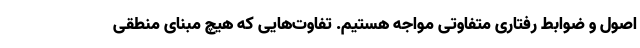
اصول و ضوابط رفتاری متفاوتی مواجه هستیم. تفاوت‌هایی که هیچ مبنای منطقی